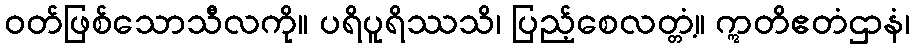
ဝတ်ဖြစ်သောသီလကို။ ပရိပူရိဿသိ၊ ပြည့်စေလတ္တံ့။ ဣတိဧတံဌာနံ၊